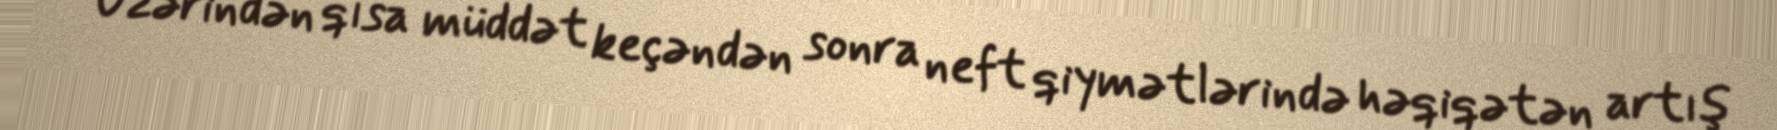
Üzərindən qısa müddət keçəndən sonra neft qiymətlərində həqiqətən artış